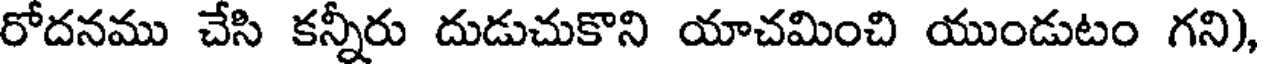
రోదనము చేసి కన్నీరు దుడుచుకొని యాచమించి యుండుటం గని),